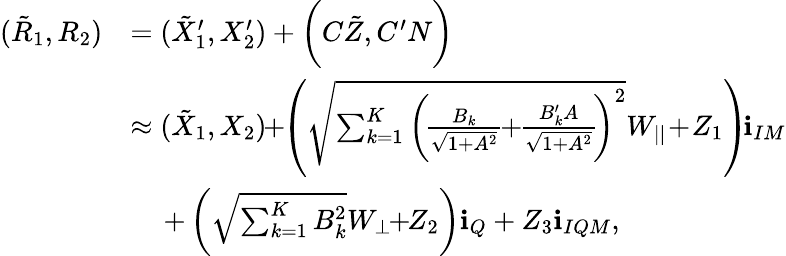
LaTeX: \begin{array}{rl}{(\tilde{R}_{1},R_{2})}&{=({{{\tilde{X}}}_{1}^{\prime}},{{X}_{2}^{\prime}})+\biggl({C\tilde{Z}},{C^{\prime}N}\biggr)}\\ &{\approx({{{\tilde{X}}}_{1}},{{X}_{2}})\! \! +\! \! \left(\sqrt{{\sum_{k=1}^{K}\bigg(\! \frac{B_{k}}{\sqrt{1+A^{2}}}\! \! +\! \! \frac{B_{k}^{\prime}A}{\sqrt{1+A^{2}}}\! \bigg)^{2}}}{{W_{||}}}\! +\! {Z_{1}}\right)\! \textbf{i}_{IM}}\\ &{\, \, \, \, \, \, \, +\left(\sqrt{\sum_{k=1}^{K}B_{k}^{2}}{{W_{\perp}}}\! \! +\! \! {Z_{2}}\right)\textbf{i}_{Q}+{Z_{3}}\textbf{i}_{IQM},}\end{array}